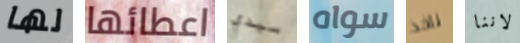
لها اعطائها سيدي سواه ناخذ لاننا